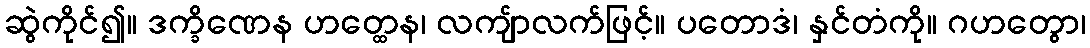
ဆွဲကိုင်၍။ ဒက္ခိဏေန ဟတ္ထေန၊ လကျ်ာလက်ဖြင့်။ ပတောဒံ၊ နှင်တံကို။ ဂဟတွော၊